Vaccination in Bombay 1913-1923 - 1913-1923
Year: 1913
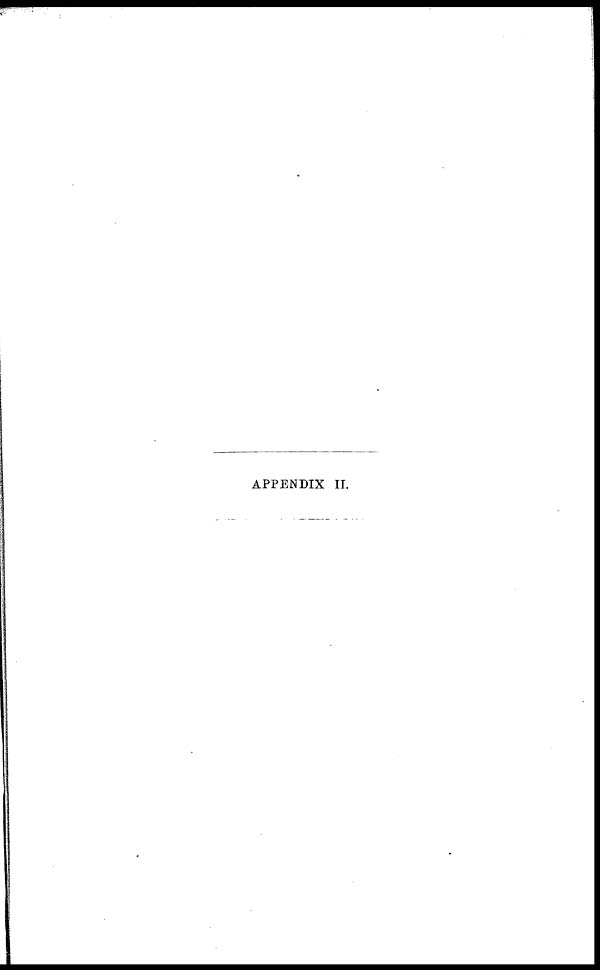
APPENDIX II.